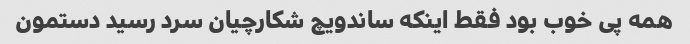
همه پی خوب بود فقط اینکه ساندویچ شکارچیان سرد رسید دستمون